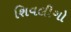
શિવલીગો